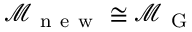
\mathcal { M } _ { \mathrm { ~ n ~ e ~ w ~ } } \cong \mathcal { M } _ { \mathrm { ~ G ~ } }